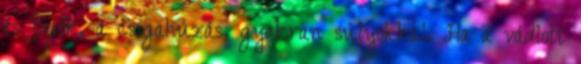
és fogók, a csigahúzás, gyakran súlyokkal. Ha a vádlott